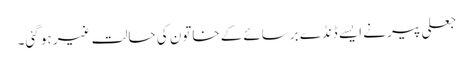
جعلی پیر نے ایسے ڈنڈے برسائےکے خاتون کی حالت غیر ہو گئی۔